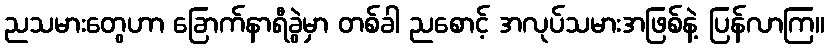
ညသမားတွေဟာ ခြောက်နာရီခွဲမှာ တစ်ခါ ညစောင့် အလုပ်သမားအဖြစ်နဲ့ ပြန်လာကြ။